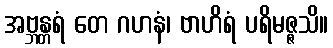
အဗ္ဘန္တရံ တေ ဂဟနံ၊ ဗာဟိရံ ပရိမဇ္ဇသိ။